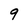
Character: 9